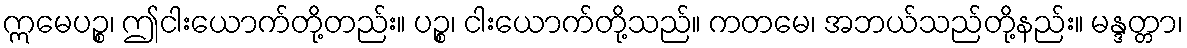
ဣမေပဉ္စ၊ ဤငါးယောက်တို့တည်း။ ပဉ္စ၊ ငါးယောက်တို့သည်။ ကတမေ၊ အဘယ်သည်တို့နည်း။ မန္ဒတ္တာ၊